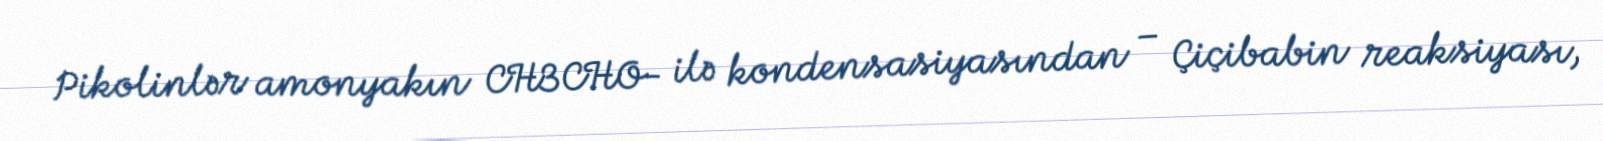
Pikolinlər amonyakın CH3CHO- ilə kondensasiyasından – Çiçibabin reaksiyası,